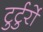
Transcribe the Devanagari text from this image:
टुर्टुर्रो